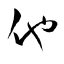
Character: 他